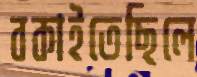
বকাইতেছিলে